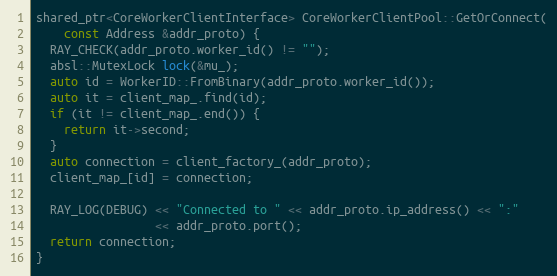
Language: C++
shared_ptr<CoreWorkerClientInterface> CoreWorkerClientPool::GetOrConnect(
    const Address &addr_proto) {
  RAY_CHECK(addr_proto.worker_id() != "");
  absl::MutexLock lock(&mu_);
  auto id = WorkerID::FromBinary(addr_proto.worker_id());
  auto it = client_map_.find(id);
  if (it != client_map_.end()) {
    return it->second;
  }
  auto connection = client_factory_(addr_proto);
  client_map_[id] = connection;

  RAY_LOG(DEBUG) << "Connected to " << addr_proto.ip_address() << ":"
                 << addr_proto.port();
  return connection;
}